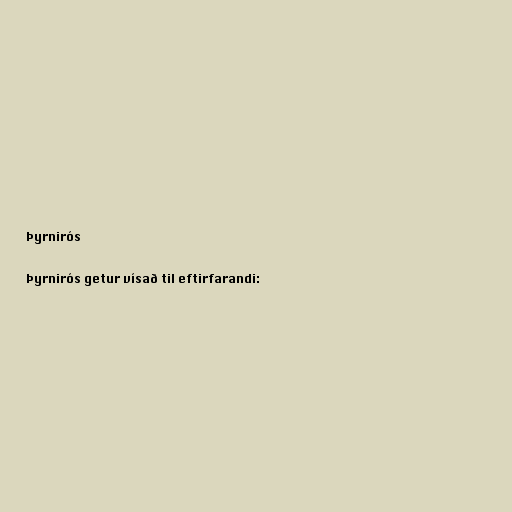
Þyrnirós

Þyrnirós getur vísað til eftirfarandi: